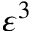
\varepsilon ^ { 3 }